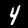
Digit: 4